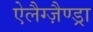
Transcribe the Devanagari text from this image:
ऐलैग्ज़ैण्ड्रा